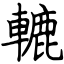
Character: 轆